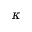
\kappa